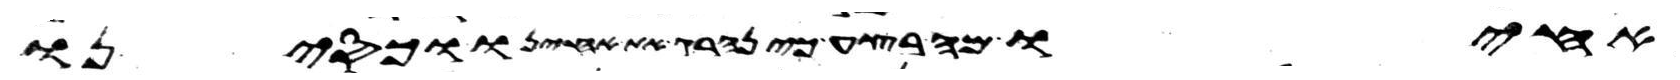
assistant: אחיו מה בצע כי נהרג את אחינו וכסינו